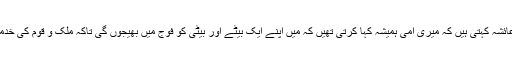
صاحبزادی عائشہ کہتی ہیں کہ میری امی ہمیشہ کہا کرتی تھیں کہ میں اپنے ایک بیٹے اور بیٹی کو فوج میں بھیجوں گی تاکہ ملک و قوم کی خدمت کر سکیں۔